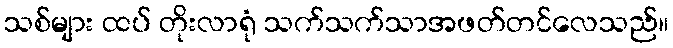
သစ်များ ထပ် တိုးလာရုံ သက်သက်သာအဖတ်တင်လေသည်။